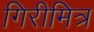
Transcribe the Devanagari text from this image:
गिरीमित्र